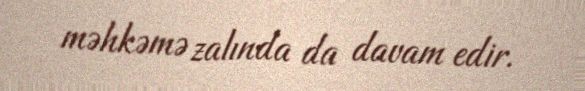
məhkəmə zalında da davam edir.